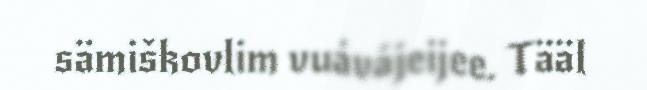
sämiškovlim vuávájeijee. Tääl